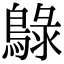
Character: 鵦